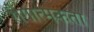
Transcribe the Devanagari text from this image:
रोगात्मकता